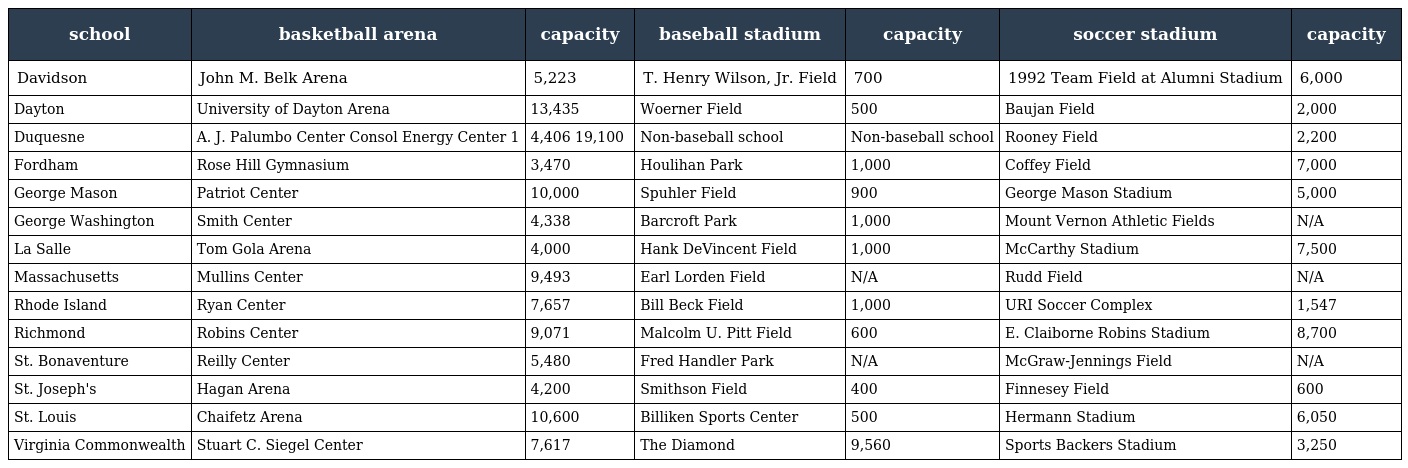
| school | basketball arena | capacity | baseball stadium | capacity | soccer stadium | capacity |
 | --- | --- | --- | --- | --- | --- | --- |
 | Davidson | John M. Belk Arena | 5,223 | T. Henry Wilson, Jr. Field | 700 | 1992 Team Field at Alumni Stadium | 6,000 |
 | Dayton | University of Dayton Arena | 13,435 | Woerner Field | 500 | Baujan Field | 2,000 |
 | Duquesne | A. J. Palumbo Center Consol Energy Center 1 | 4,406 19,100 | Non-baseball school | Non-baseball school | Rooney Field | 2,200 |
 | Fordham | Rose Hill Gymnasium | 3,470 | Houlihan Park | 1,000 | Coffey Field | 7,000 |
 | George Mason | Patriot Center | 10,000 | Spuhler Field | 900 | George Mason Stadium | 5,000 |
 | George Washington | Smith Center | 4,338 | Barcroft Park | 1,000 | Mount Vernon Athletic Fields | N/A |
 | La Salle | Tom Gola Arena | 4,000 | Hank DeVincent Field | 1,000 | McCarthy Stadium | 7,500 |
 | Massachusetts | Mullins Center | 9,493 | Earl Lorden Field | N/A | Rudd Field | N/A |
 | Rhode Island | Ryan Center | 7,657 | Bill Beck Field | 1,000 | URI Soccer Complex | 1,547 |
 | Richmond | Robins Center | 9,071 | Malcolm U. Pitt Field | 600 | E. Claiborne Robins Stadium | 8,700 |
 | St. Bonaventure | Reilly Center | 5,480 | Fred Handler Park | N/A | McGraw-Jennings Field | N/A |
 | St. Joseph's | Hagan Arena | 4,200 | Smithson Field | 400 | Finnesey Field | 600 |
 | St. Louis | Chaifetz Arena | 10,600 | Billiken Sports Center | 500 | Hermann Stadium | 6,050 |
 | Virginia Commonwealth | Stuart C. Siegel Center | 7,617 | The Diamond | 9,560 | Sports Backers Stadium | 3,250 |